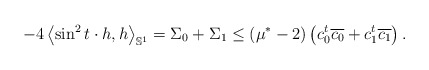
\begin{align*}-4\left\langle \sin ^{2}t\cdot h , h \right\rangle _{\mathbb{S} ^{1}}=\Sigma_{0}+\Sigma _{1}\leq \left( \mu ^{\ast }-2\right) \left( c_{0}^{t}\overline{c_{0}} + c_{1}^{t}\overline{c_{1}}\right) . \end{align*}